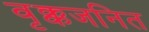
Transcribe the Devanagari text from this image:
वृक्कजनित